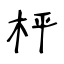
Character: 枰